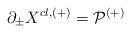
LaTeX: \begin{align*}\partial_{\pm} X^{cl,(+)} = {\cal P^{(+)}}\end{align*}